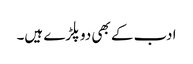
ادب کے بھی دوپلڑے ہیں۔